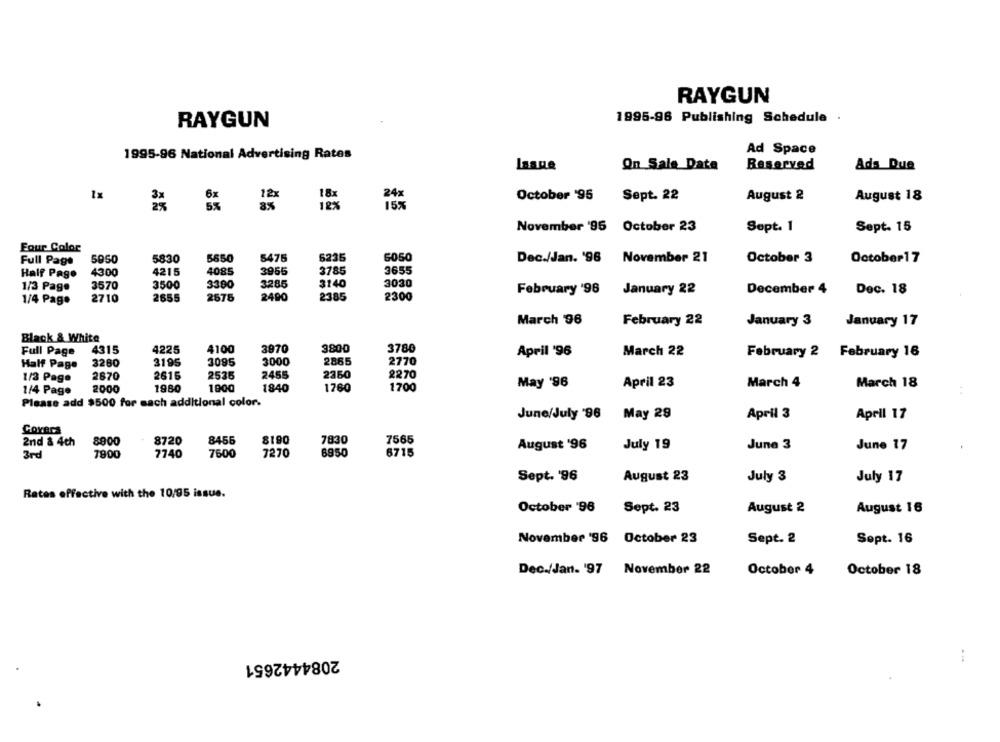
RAYGUN
1995-96 Publishing Schedule
RAYGUN
1995-96 National Advertising Rates
Ad Space
Laspe
On Sale Data
Reserved
Ada Que
24x
1x
12x
October '95
Sept. 22
August 2
August 18
185
15%
November '95 October 23
Sept. 1
Sept. 15
Four Color
5050
5830
5650
5475
6235
6050
Dec./Jan. '96 November 21
October 3
October17
Full Page
Half Page
4300
4215
4085
3955
3785
3655
3285
3140
3030
1/3 Page
3570
3500
3300
December 4
2385
2300
February '96
January 22
Dec. 18
1/4 Page
2710
2655
2575
2490
March 96
February 22
January 3
January 17
Black & White
4225
4100
3870
3800
3780
Full Page
4315
April '96
March 22
February 2 February 16
3280
3195
3095
3000
2865
2770
Half Page
1/2 Page
2670
2616
2535
2455
2350
2270
May '96
April 23
March 4
March 18
1/4 Page
2000
1980
1900
1840
1760
1700
Please add $500 for each additional color.
June/July '96
April 3
April 17
May 29
COYers
2nd & 4th
8900
8720
8456
8190
7830
7565
August '96
July 19
June 3
June 17
7270
6950
6715
3rd
7900
7740
7600
Sept. '96
August 23
July 3
July 17
Rates effective with the 10/95 issue.
October '96
Sept. 23
August 2
August 16
November '96 October 23
Sept. 2
Sept. 16
Dec./Jan. '97
November 22
October 4
October 18
2084442651